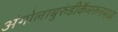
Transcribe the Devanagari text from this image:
अंगोलाबुरुंडीकैमरुनमध्य